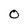
Character: 0